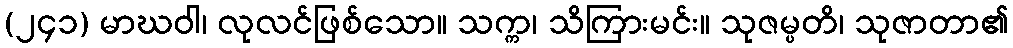
(၂၄၁) မာဃဝါ၊ လုလင်ဖြစ်သော။ သက္က၊ သိကြားမင်း။ သုဇမ္ပတိ၊ သုဇာတာ၏